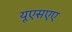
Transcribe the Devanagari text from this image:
यूएसएए